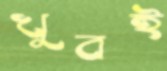
খুবই